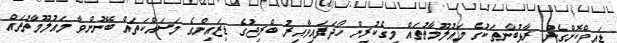
ޑައިވްކޮށްގެން ރާޅުބާނިތަކުގެ މައުލޫމާތުތައް މީގެކުރިން ހޯދަފައިވާއިރު ބްރިޖުގެ ޑިޒައިންގެ މަސައްކަތައް ބޭނުންވާ މައުލޫމާތުތައް